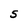
Character: S